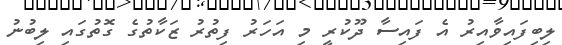
ލިބިފައިވާއިރު އެ ފައިސާ ދޫކުރީ މި އަހަރު ފިތުރު ޒަކާތުގެ ގޮތުގައި ލިބުނު